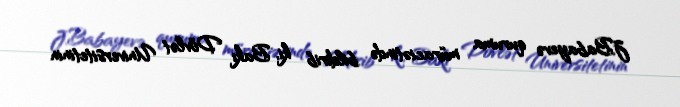
J.Babayevə quruma müraciətində bildirib ki, Bakı Dövlət Universitetinin